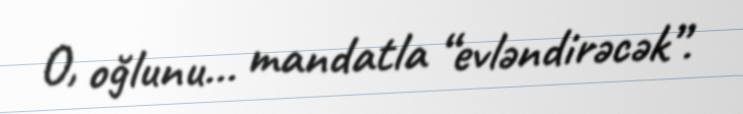
O, oğlunu... mandatla “evləndirəcək”.